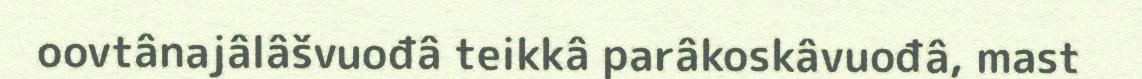
oovtânajâlâšvuođâ teikkâ parâkoskâvuođâ, mast